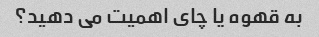
به قهوه یا چای اهمیت می دهید؟